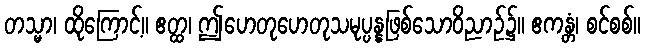
တသ္မာ၊ ထိုကြောင့်။ ဧတ္ထ၊ ဤဟေတုဟေတုသမုပ္ပန္နဖြစ်သောဝိညာဉ်၌။ ဧကန္တံ၊ စင်စစ်။